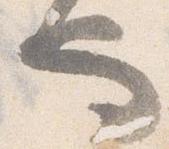
也